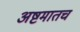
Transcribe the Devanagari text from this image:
अष्टमातच